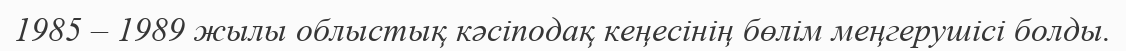
1985 – 1989 жылы облыстық кәсіподақ кеңесінің бөлім меңгерушісі болды.